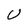
Character: U